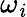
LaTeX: \omega_{\mathit{i}}